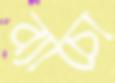
ব্যাচো